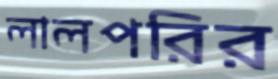
লালপরির